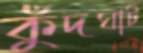
কুঁদঘাট